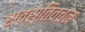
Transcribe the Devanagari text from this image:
स्वस्तिवचन